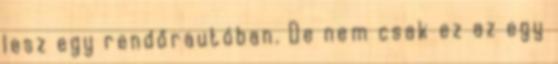
lesz egy rendőrautóban. De nem csak ez az egy